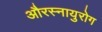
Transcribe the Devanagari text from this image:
औरस्नायुरोग